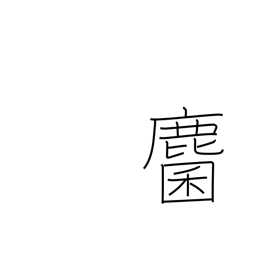
Meaning: roe deer